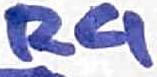
Text: R4